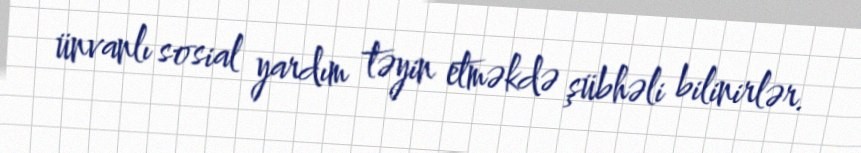
ünvanlı sosial yardım təyin etməkdə şübhəli bilinirlər.